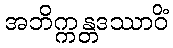
အဘိက္ကန္တဒဿာဝိံ